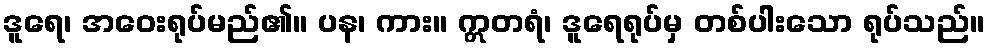
ဒူရေ၊ အဝေးရုပ်မည်၏။ ပန၊ ကား။ ဣတရံ၊ ဒူရေရုပ်မှ တစ်ပါးသော ရုပ်သည်။